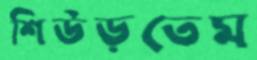
শিউড়তেম